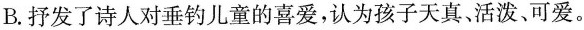
B.抒发了诗人对垂钓儿童的喜爱，认为孩子天真活泼、可爱。